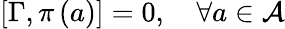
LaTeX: \left[\Gamma,\pi\left(a\right)\right]=0,\quad\forall a\in\mathcal{A}